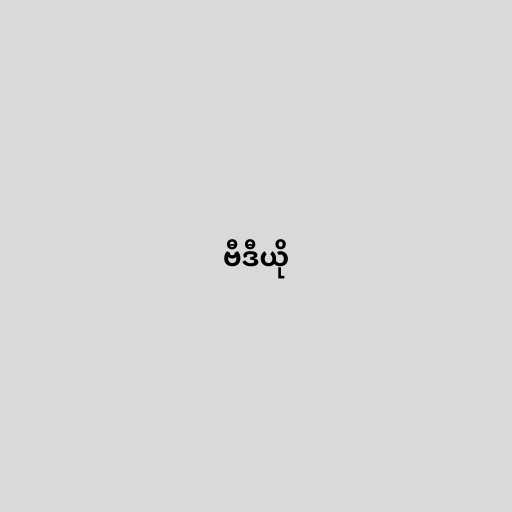
ဗီဒီယို